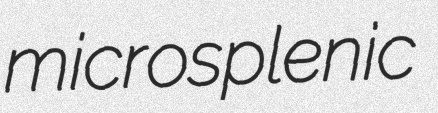
microsplenic